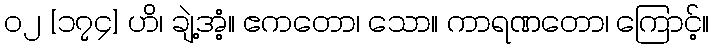
၀၂ [၁၇၄] ဟိ၊ ချဲ့အံ့။ ဧကတော၊ သော။ ကာရဏတော၊ ကြောင့်။